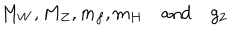
M _ { W } , M _ { Z } , m _ { f } , m _ { H } \quad \mathrm { a n d } \quad g _ { 2 }